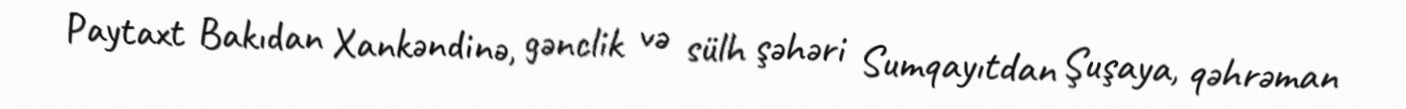
Paytaxt Bakıdan Xankəndinə, gənclik və sülh şəhəri Sumqayıtdan Şuşaya, qəhrəman